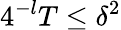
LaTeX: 4^{-l}T\le\delta^{2}